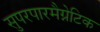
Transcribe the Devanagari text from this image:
सुपरपारमैग्नेटिक